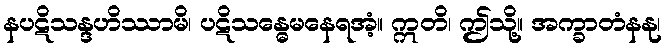
နပဋိသန္ဒဟိဿာမိ၊ ပဋိသန္ဓေမနေရအံ့။ ဣတိ၊ ဤသို့။ အက္ခာတံနနု၊